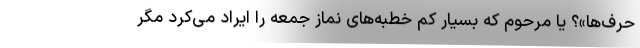
حرف‌ها»؟ یا مرحوم که بسیار کم خطبه‌های نماز جمعه را ایراد می‌کرد مگر